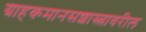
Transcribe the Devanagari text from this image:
ग्राहकमानसशास्त्रावरील